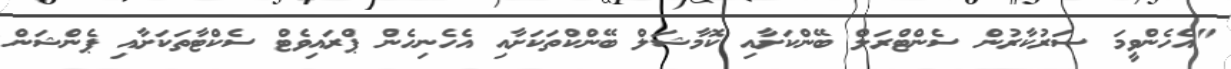
"އެހެންވީމަ ސަރުކާރުން ސެންޓްރަލް ބޭންކަށާއި ކޮމާޝަލް ބޭންކްތަކަށާއި އެހެނިހެން ޕްރައިވެޓް ސެކްޓާތަކަށާއި ޕެންޝަން